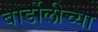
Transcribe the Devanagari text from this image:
बार्डोलीच्या